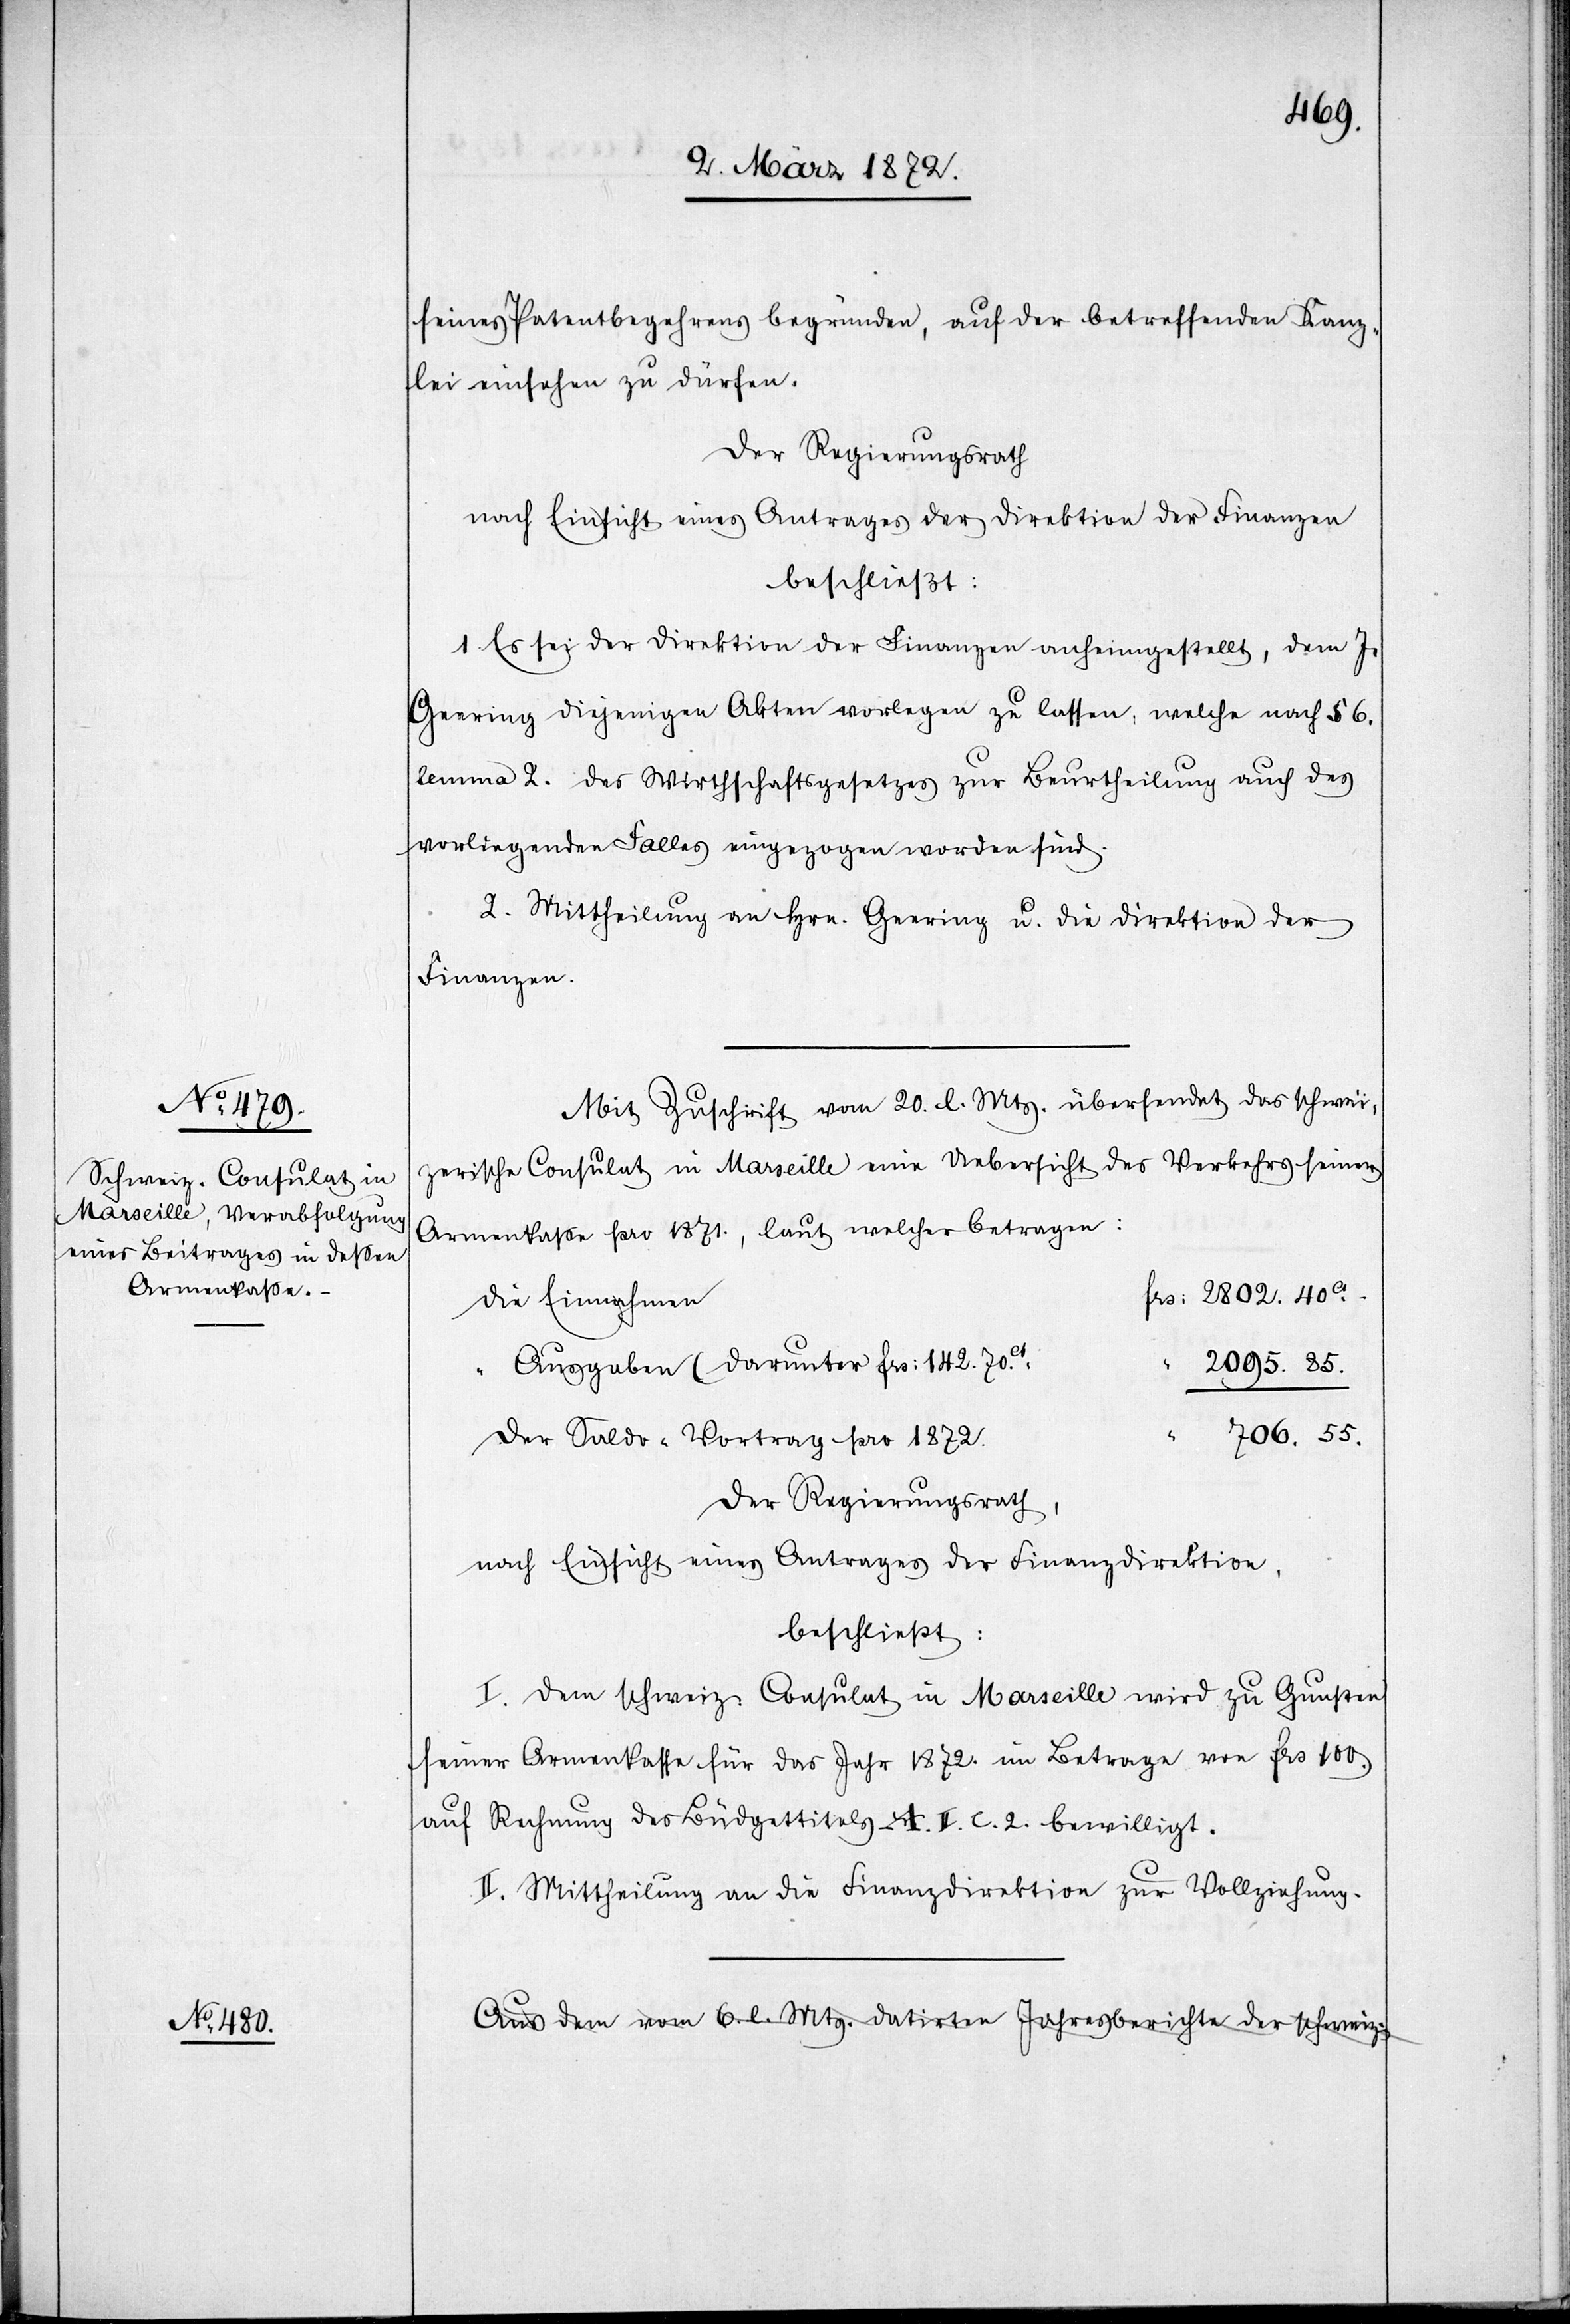
seines Patentbegehrens begründen, auf der betreffenden Kanz¬
lei einsehen zu dürfen.
Der Regierungsrath
nach Einsicht eines Antrages der Direktion der Finanzen
beschließt:
1. Es sei der Direktion der Finanzen anheimgestellt, dem J.
Geering diejenigen Akten vorlegen zu lassen, welche nach § 6.
lemma 2. des Wirthschaftsgesetzes zur Beurtheilung auch des
vorliegenden Falles eingezogen worden sind.
2. Mittheilung an Hrn. Geering u. die Direktion der
Finanzen.
Mit Zuschrift vom 20. l. Mts. übersendet das schwei¬
zerische Consulat in Marseille eine Uebersicht des Verkehrs seiner
Armenkasse pro 1871., laut welcher betragen:
frs. 2802.40ct.
die Einnahmen
Ausgaben (darunter frs. 142.70ct)
“
2095.85.
706.55.
Der Saldo-Vortrag pro 1872.
Der Regierungsrath,
nach Einsicht eines Antrages der Finanzdirektion,
beschließt:
I. Dem schweiz. Consulat in Marseille wird zu Gunsten
seiner Armenkasse für das Jahr 1872. im Betrage von frs. 100.
auf Rechnung des Büdgettitels A. II. C. 2. bewilligt.
II. Mittheilung an die Finanzdirektion zur Vollziehung.